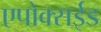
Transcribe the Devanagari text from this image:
एपोक्सईड